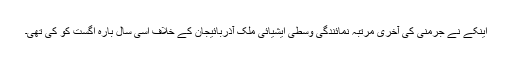
اینکے نے جرمنی کی آخری مرتبہ نمائندگی وسطی ایشیائی ملک آذربائیجان کے خلاف اسی سال بارہ اگست کو کی تھی۔